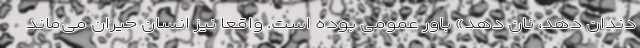
دندان دهد، نان دهد» باور عمومی بوده است. واقعا نیز انسان حیران می‌ماند